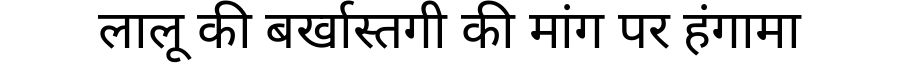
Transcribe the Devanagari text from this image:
लालू की बर्खास्तगी की मांग पर हंगामा